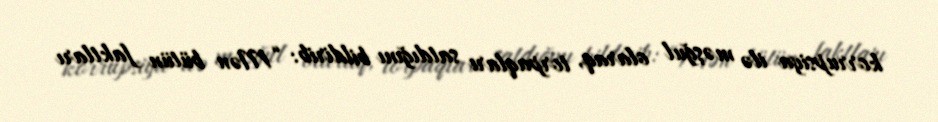
korrupsiya ilə məşğul olaraq, torpaqları satdığını bildirib: “Mən bütün faktları